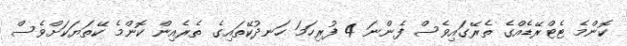
ކޮންމެ ޓެޓްރޭޑެއްގެ ތެރޭގައިވެސް ފެންނަ 4 ފުރިހަމަ ހަނދުކޭތައިގެ ތެރެއިން ކޮންމެ ކޭތަޔަކަށްވެސް